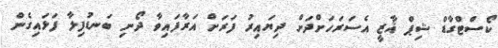
ކޯސްޓްގާޑް ޝިޕް ޣާޒީ އެސަރަހަށްދަށް ދިޔައިރު ފަރަށް އަރާފައިވާ ދޯނި ބަނޑުފިލާ ފަޅައިގެން